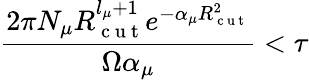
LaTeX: \frac{2\pi N_{\mu}R_{\mathrm{~c~u~t~}}^{l_{\mu}+1}e^{-\alpha_{\mu}R_{\mathrm{~c~u~t~}}^{2}}}{\Omega\alpha_{\mu}}<\tau